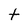
Character: t